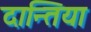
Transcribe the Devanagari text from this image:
दान्तिया